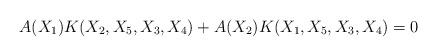
LaTeX: \begin{align*} A(X_1) K(X_2,X_5,X_3,X_4) + A(X_2) K(X_1,X_5,X_3,X_4) = 0\end{align*}